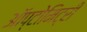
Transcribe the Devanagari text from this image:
ऑप्टोमिट्री